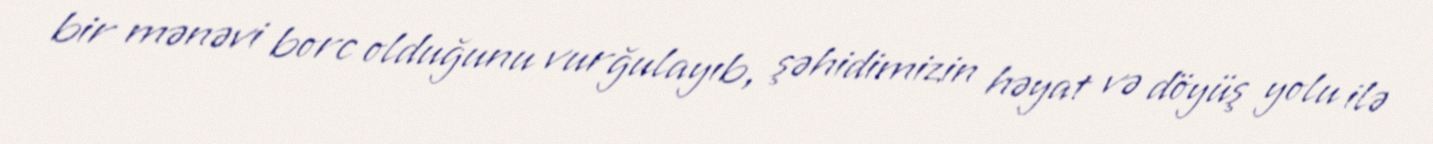
bir mənəvi borc olduğunu vurğulayıb, şəhidimizin həyat və döyüş yolu ilə